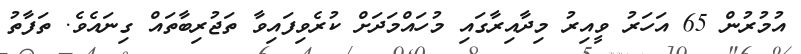
އުމުރުން 65 އަހަރު ވީއިރު މިދާއިރާގައި މުހައްމަދަށް ކުރެވިފައިވާ ތަޖުރިބާތައް ގިނައެވެ. ތަފާތު